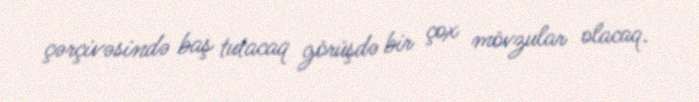
çərçivəsində baş tutacaq görüşdə bir çox mövzular olacaq.